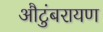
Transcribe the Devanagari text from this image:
औटुंबरायण